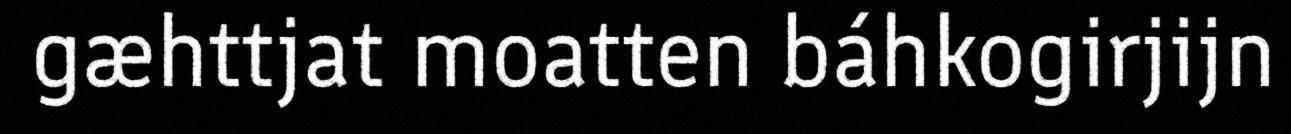
gæhttjat moatten báhkogirjijn